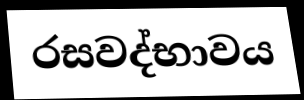
රසවද්භාවය